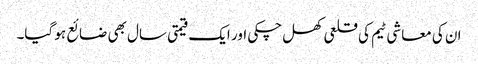
ان کی معاشی ٹیم کی قلعی کھل چکی اور ایک قیمتی سال بھی ضائع ہو گیا۔